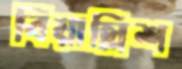
বিয়াল্লিশ